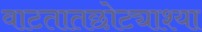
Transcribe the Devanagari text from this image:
वाटतातछोट्याश्या